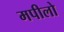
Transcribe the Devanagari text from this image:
मपीलो